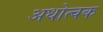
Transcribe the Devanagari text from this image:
अधोत्वक